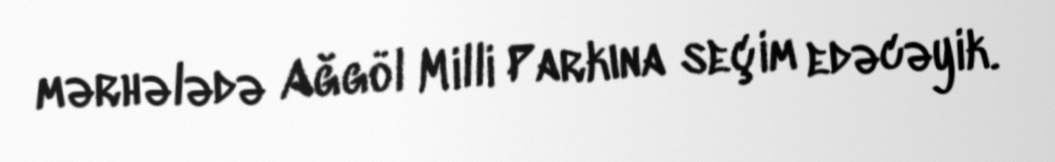
mərhələdə Ağgöl Milli Parkına seçim edəcəyik.